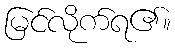
မြင်လိုက်ရ၏။